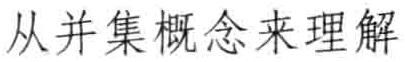
从并集概念来理解